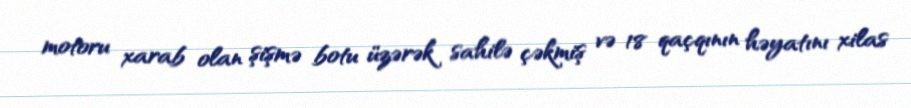
motoru xarab olan şişmə botu üzərək sahilə çəkmiş və 18 qaçqının həyatını xilas